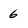
Character: 6